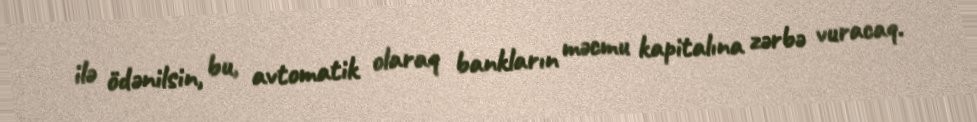
ilə ödənilsin, bu, avtomatik olaraq bankların məcmu kapitalına zərbə vuracaq.